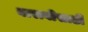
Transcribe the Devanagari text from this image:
बारावीसाठी